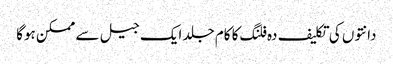
دانتوں کی تکلیف دہ فلنگ کا کام جلد ایک جیل سے ممکن ہوگا